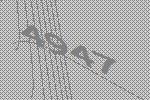
4947